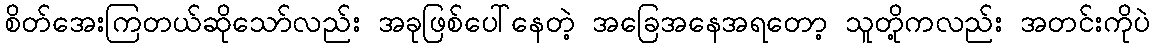
စိတ်အေးကြတယ်ဆိုသော်လည်း အခုဖြစ်ပေါ်နေတဲ့ အခြေအနေအရတော့ သူတို့ကလည်း အတင်းကိုပဲ